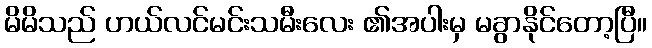
မိမိသည် ဟယ်လင်မင်းသမီးလေး ၏အပါးမှ မခွာနိုင်တော့ပြီ။